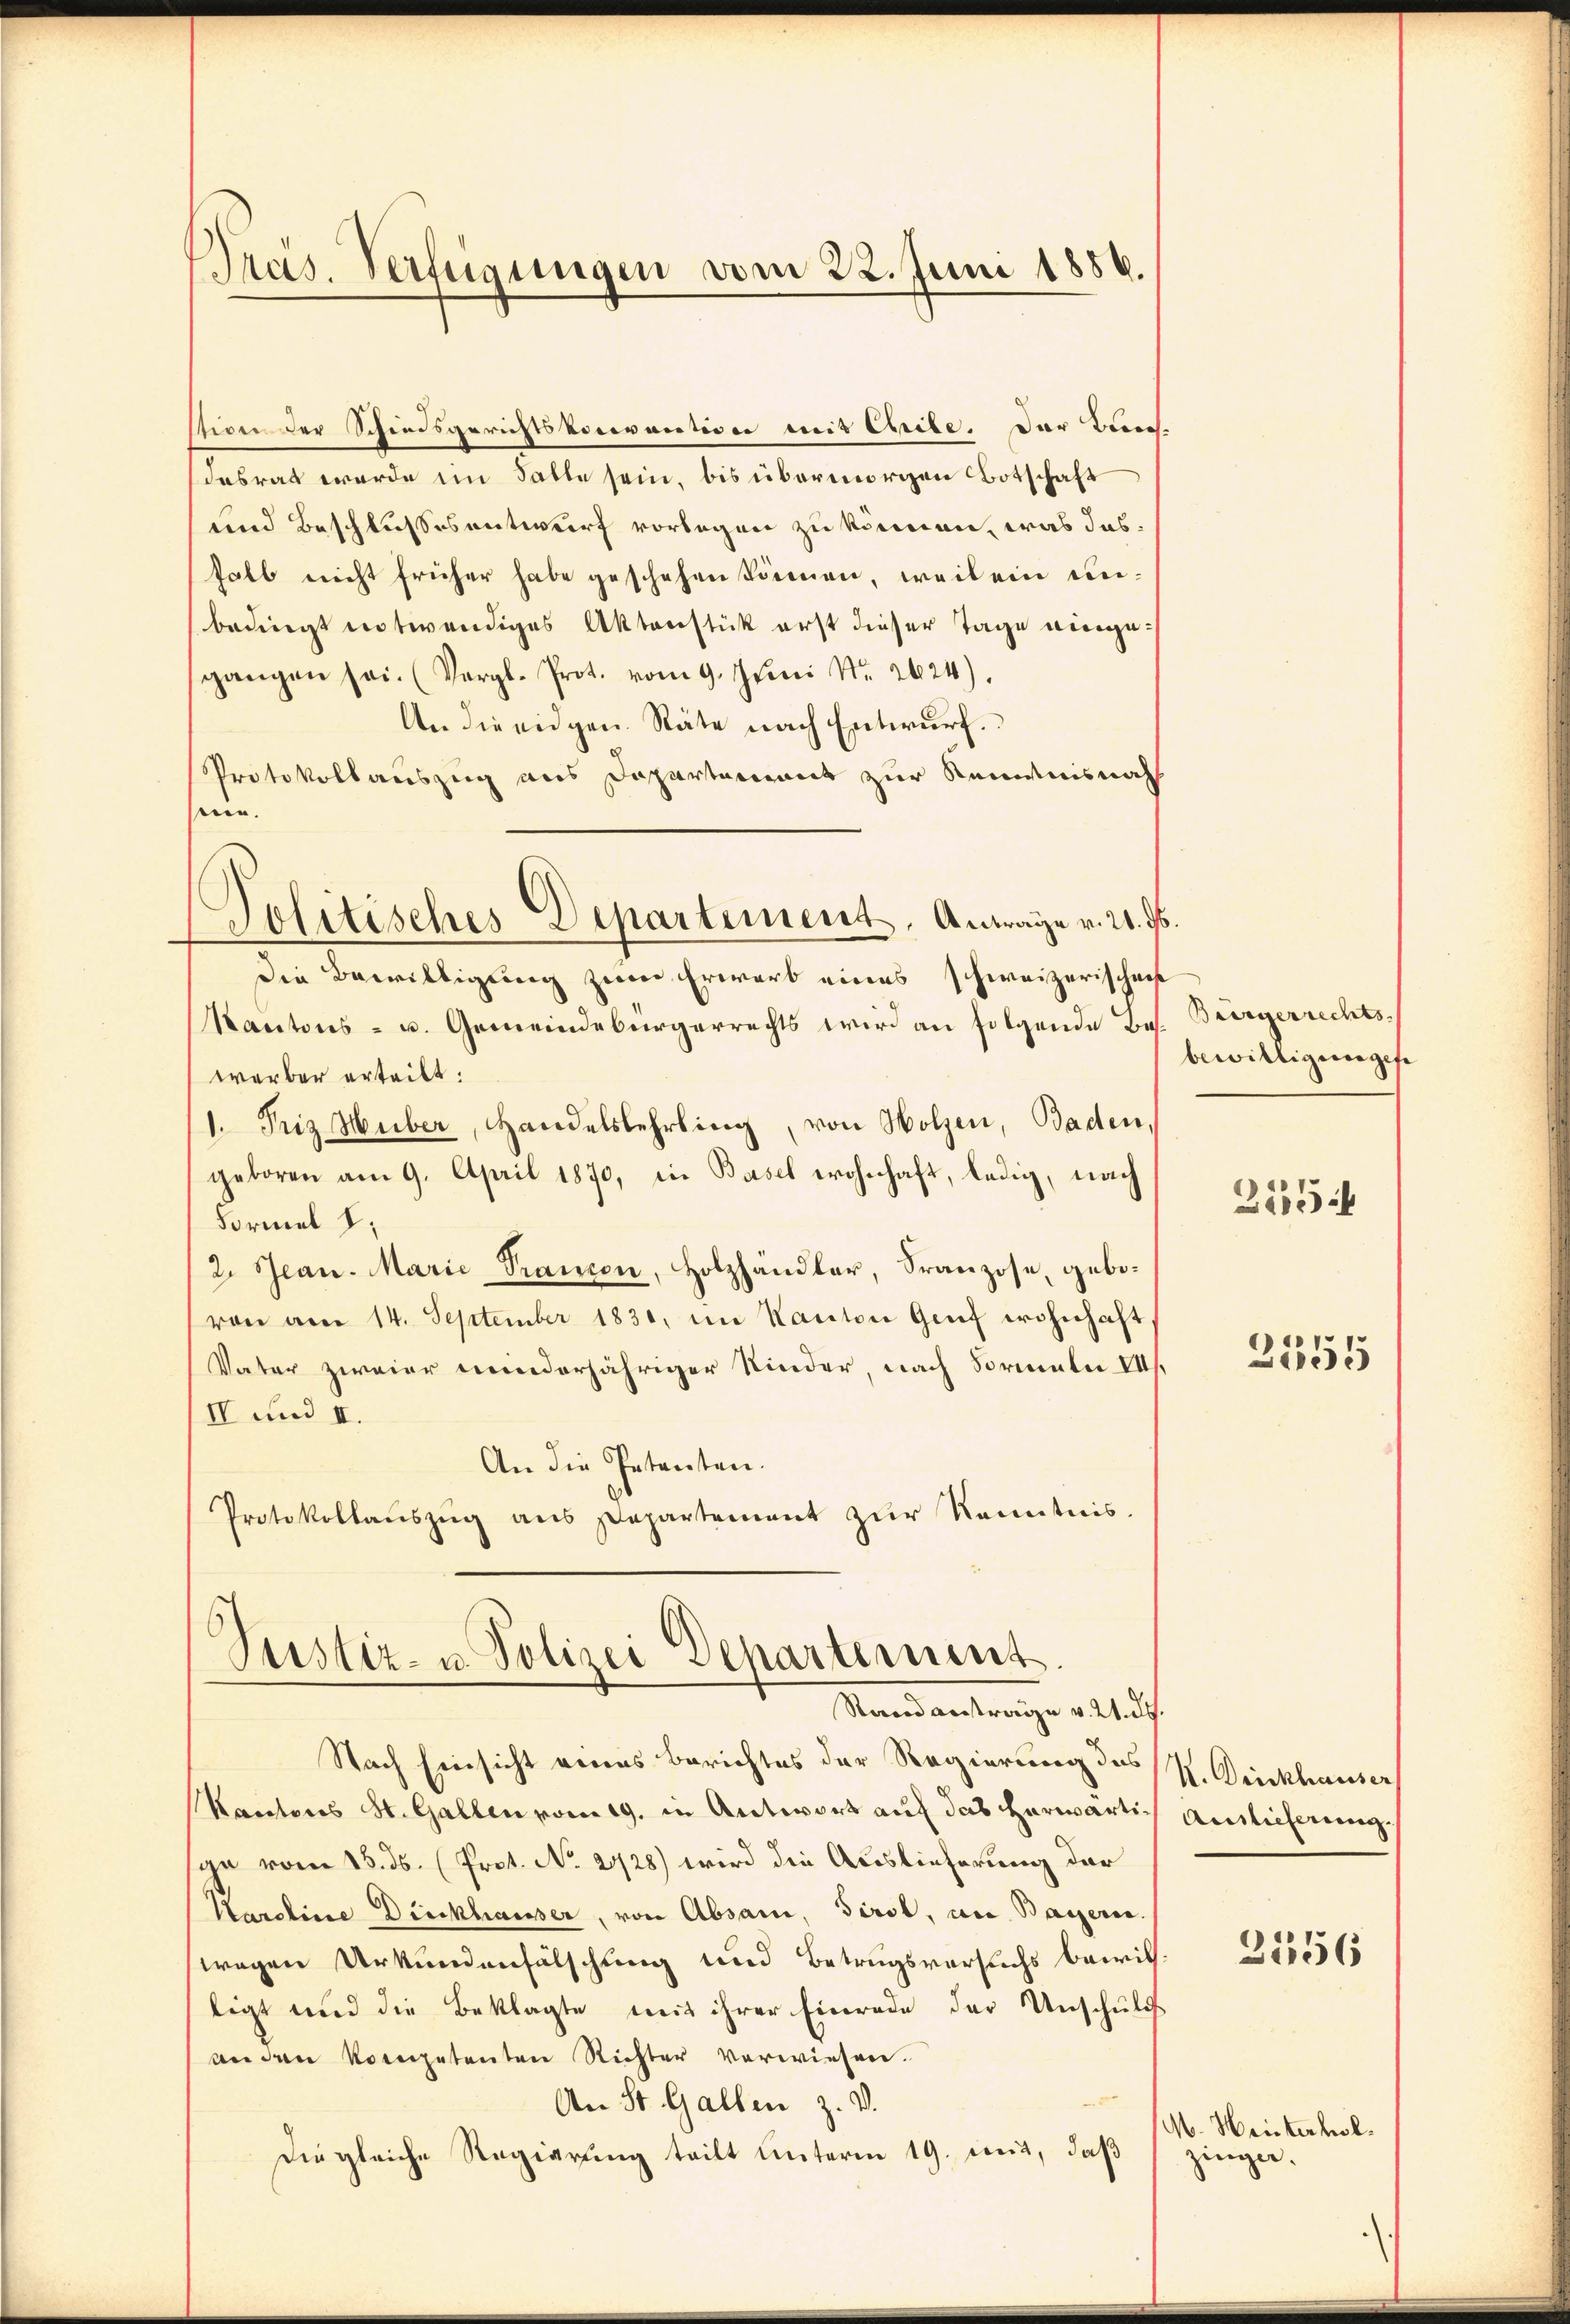
Prais. Verfügungen vom 22. Juni 1886.

stion der Schiedsgerichtskonvention mit Chribe. Der Bladasrat werde im Falle sein, bis übermorgen Botschaft
und Beschlussesentwurf vorlegen zu können, was dashalb nicht früher habe geschehen können, weil ein unbedingt notwendiges Aktenstück erst dieser Tage eingesgangen sei. (Vergl. Prot. vom 9. Juni Nr. 2624).
An die eidgen. Räte nach Entwurf.
Protokollauszug aus Departement zur Kenntnisnah
sen.
Die Bewilligung zum Erwarb eines schweizerischei
Kantons- u. Gemeindebürgerrechts wird an folgende Bos. Bergerrechtswerber erteilt:
1. Friz Huber, Handelslehrling, von Holzen, Baden,
geboren am 9. April 1870, in Basel wohnhaft, ledig, nach
Formel I
2. Jean. Marie Trancon, Holzhandler, Franzose, gebovon am 14. September 1830, im Kanton Genf wohnhaft
Vater zweier minderjähriger Kinder, nach Formeln III
IV und II.
An die Petenten.
Protokollaŭszŭg ans Departement zŭr Kenntnis.

Politisches Departement, Antrage v. 21. ds

Justiz- u. Polizei Departement
Rand anstrage v. 2. ds.

Nach Einsicht eines Berichtes der Regierung des K. Deckhauser
Kantons St. Gallen vom 19. in Antwort auf das herwärtiga vom 15. ds. (Prot. No 2928) wird die Auslieferung der
Karoline Dickhausser, von Absam, Tirol, an Bayern.
wegen Urkundenfälschung und Betrugsversuchs bewill.
ligt und die Beklagte mit ihrer Einrade der Unschuld
anden kompetenten Richter verwiesen.
An St. Gallen z. B.
Diegleiche Regierung teilt unterm 19. mit, daß

bewilligungese

2154

2555

Ainlieferung.

2556

M. Hinterholzingen.